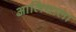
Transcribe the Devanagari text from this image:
आलियाला